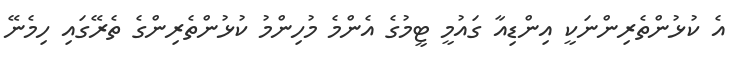
އެ ކުޅުންތެރިންނަކީ އިންޑިއާ ގައުމީ ޓީމުގެ އެންމެ މުހިންްމު ކުޅުންތެރިންގެ ތެރޭގައި ހިމެނޭ